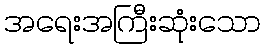
အရေးအကြီးဆုံးသော